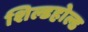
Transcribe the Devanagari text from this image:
शिल्डहोल्ड